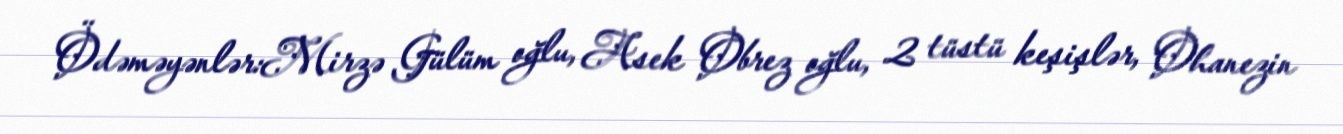
Ödəməyənlər:Mirzə Gülüm oğlu, Asek Obrez oğlu, 2 tüstü keşişlər, Ohanezin